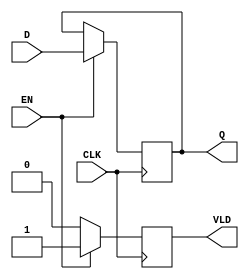
module PipelineBuffer (
    input wire [N-1:0] D,      // Data Input
    input wire CLK,            // Clock signal
    input wire EN,             // Enable signal
    output reg [N-1:0] Q,      // Data Output
    output reg VLD             // Valid signal
);
    parameter N = 8; // Parameter for data width, can be modified based on requirements

    always @(posedge CLK) begin
        if (EN) begin
            Q <= D;           // Capture data on rising edge of CLK if EN is high
            VLD <= 1'b1;      // Set valid to high when new data is latched
        end else begin
            VLD <= 1'b0;      // Set valid to low if EN is not active
        end
    end
endmodule